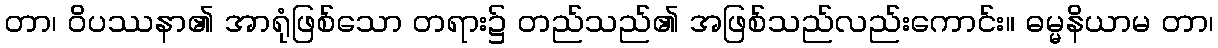
တာ၊ ဝိပဿနာ၏ အာရုံဖြစ်သော တရား၌ တည်သည်၏ အဖြစ်သည်လည်းကောင်း။ ဓမ္မနိယာမ တာ၊